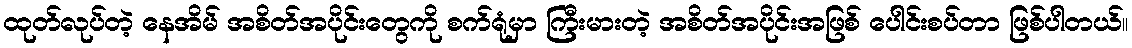
ထုတ်လုပ်တဲ့ နေအိမ် အစိတ်အပိုင်းတွေကို စက်ရုံမှာ ကြီးမားတဲ့ အစိတ်အပိုင်းအဖြစ် ပေါင်းစပ်တာ ဖြစ်ပါတယ်။